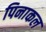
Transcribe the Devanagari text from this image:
पिनाकल